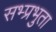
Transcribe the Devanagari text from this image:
सभ्प्रभुता